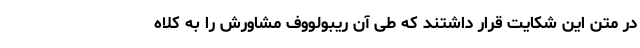
در متن این شکایت قرار داشتند که طی آن ریبولووف مشاورش را به کلاه‌